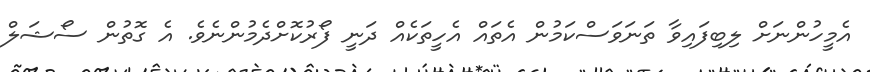
އެމީހުންނަށް ލިބިފައިވާ ތަނަވަސްކަމުން އެތައް އެހީތަކެއް ދަނީ ފޯރުކޮށްދެމުންނެވެ. އެ ގޮތުން ސޯޝަލް